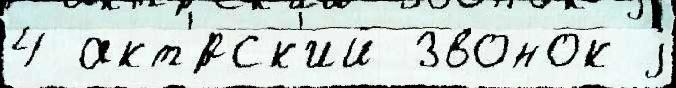
4 акт'́рск'ий звонок j